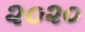
૨૦૨૦